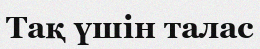
Тақ үшін талас